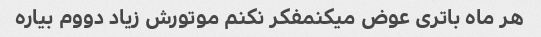
هر ماه باتری عوض میکنمفکر نکنم موتورش زیاد دووم بیاره